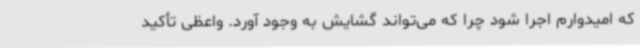
که امیدوارم اجرا شود چرا که می‌تواند گشایش به وجود آورد. واعظی تأکید